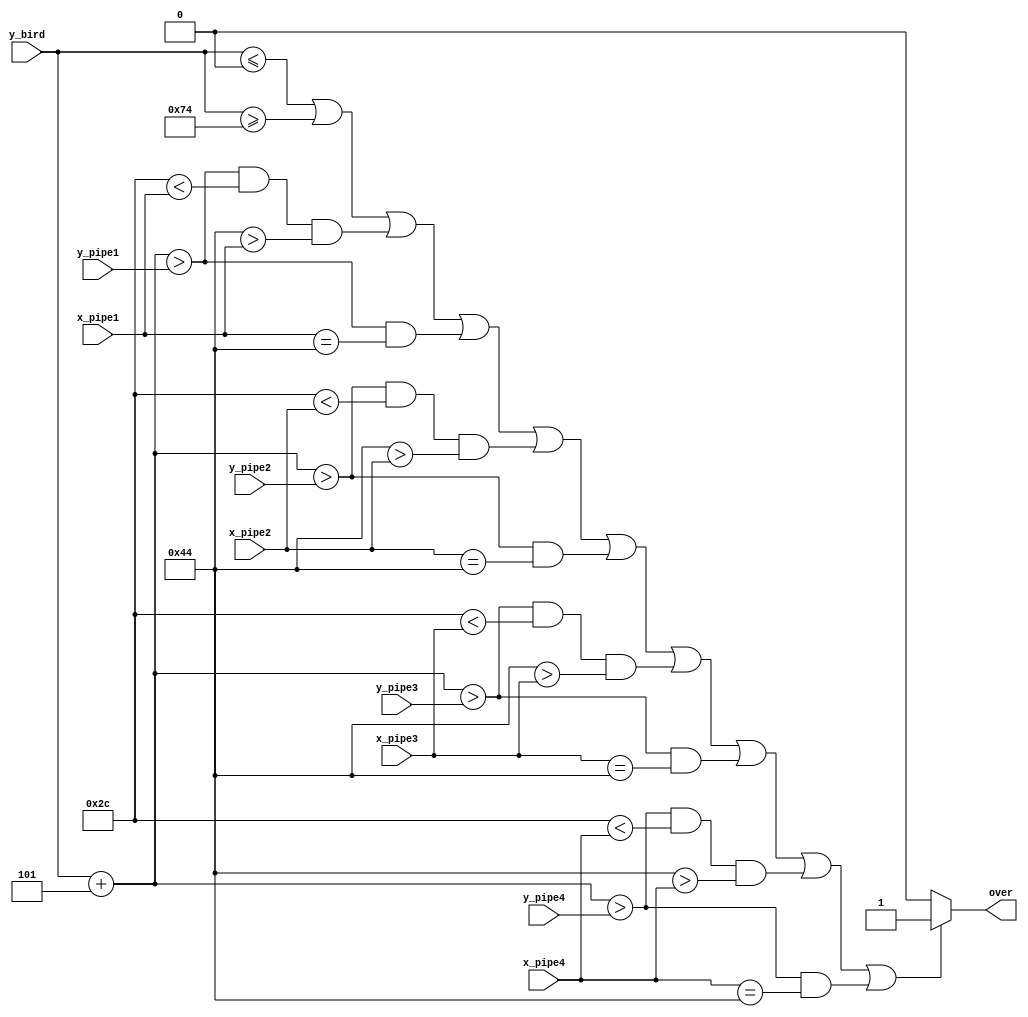

module game_over(x_pipe1, x_pipe2, x_pipe3, x_pipe4, 
					  y_pipe1, y_pipe2, y_pipe3, y_pipe4, 
					  y_bird, 
					  over);
	input [8:0] x_pipe1, x_pipe2, x_pipe3, x_pipe4;
	input [6:0] y_pipe1, y_pipe2, y_pipe3, y_pipe4, y_bird;
	output over;

	wire bound, p1a, p1l, p2a, p2l, p3a, p3l, p4a, p4l, boom;
	
	assign bound = y_bird <= 0 || y_bird >= 7'd116;
	
	assign p1a = ((y_bird + 5) > y_pipe1) && (44 < x_pipe1) && (68 > x_pipe1);
	assign p2a = ((y_bird + 5) > y_pipe2) && (44 < x_pipe2) && (68 > x_pipe2);
	assign p3a = ((y_bird + 5) > y_pipe3) && (44 < x_pipe3) && (68 > x_pipe3);
	assign p4a = ((y_bird + 5) > y_pipe4) && (44 < x_pipe4) && (68 > x_pipe4);
	
	assign p1l = ((y_bird + 5) > y_pipe1) && (x_pipe1 == 68);
	assign p2l = ((y_bird + 5) > y_pipe2) && (x_pipe2 == 68);
	assign p3l = ((y_bird + 5) > y_pipe3) && (x_pipe3 == 68);
	assign p4l = ((y_bird + 5) > y_pipe4) && (x_pipe4 == 68);
	
	assign boom = bound || p1a || p1l || p2a || p2l || p3a || p3l || p4a || p4l;
	
	assign over = (boom) ? 1 : 0;

endmodule